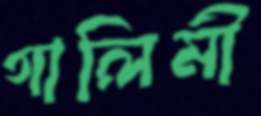
গালিমী